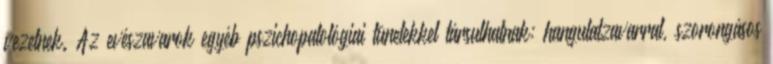
vezetnek. Az evészavarok egyéb pszichopatológiai tünetekkel társulhatnak: hangulatzavarral, szorongásos